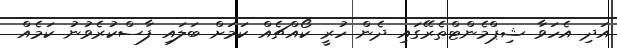
އަދި އެހަވާ ޝިޕްމެންޓްތެރޭގައި ދެން ހުރީ ކޯއްޗެއް ކަަމަށް ބަލައި ފާސްކުރެވުނު ކަމެއް